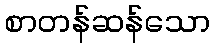
စာတန်ဆန်သော